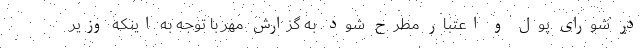
در شورای پول و اعتبار مطرح شود. به گزارش مهر با توجه به اینکه وزیر